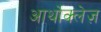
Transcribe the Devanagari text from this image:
आर्थोक्लेज़